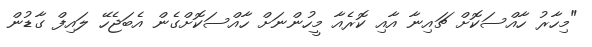
"މިހާރު ހާއްސަކޮށް ޗައިނާ އާއި ކޮރެއާ މީހުންނަށް ހާއްސަކޮށްގެން އެބަޖެހޭ ލައިފް ގާޑުން